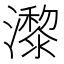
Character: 𤂱